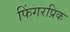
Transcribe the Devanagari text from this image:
फिंगरप्रिक